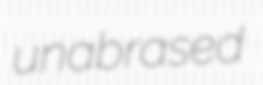
unabrased